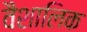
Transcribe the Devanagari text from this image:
वैशालिक